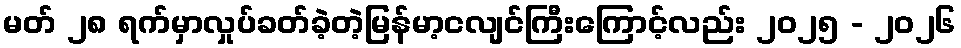
မတ် ၂၈ ရက်မှာလှုပ်ခတ်ခဲ့တဲ့မြန်မာ့ငလျင်ကြီးကြောင့်လည်း ၂၀၂၅ - ၂၀၂၆